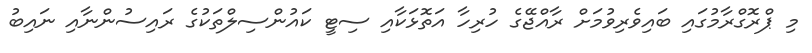
މި ޕްރޮގްރާމުގައި ބައިވެރިވުމަށް ރާއްޖޭގެ ހުރިހާ އަތޮޅަކާއި ސިޓީ ކައުންސިލްތަކުގެ ރައިސުންނާއި ނައިބު